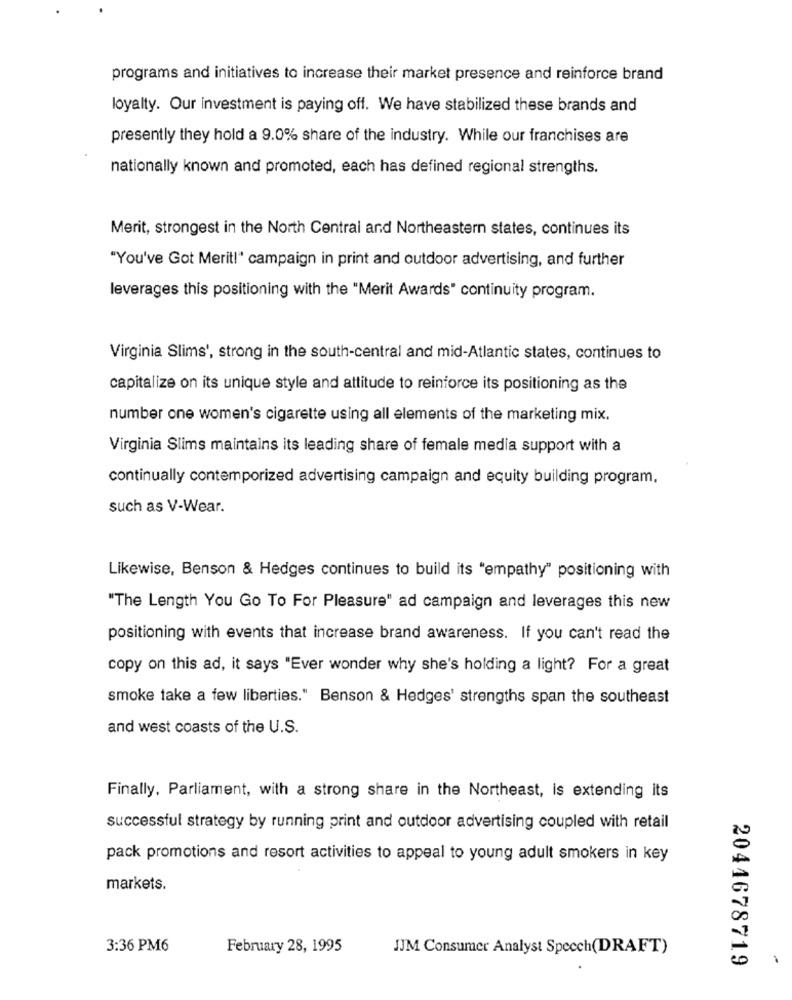
programs and initiatives to increase their market presence and reinforce brand
loyalty. Our investment is paying off. We have stabilized these brands and
presently they hold a 9.0% share of the industry. While our franchises are
nationally known and promoted, each has defined regional strengths.
Merit, strongest in the North Central and Northeastern states, continues its
"You've Got Merit!" campaign in print and outdoor advertising, and further
leverages this positioning with the "Merit Awards" continuity program.
Virginia Slims', strong in the south-central and mid-Atlantic states, continues to
capitalize on its unique style and attitude to reinforce its positioning as the
number one women's cigarette using all elements of the marketing mix.
Virginia Slims maintains its leading share of female media support with a
continually contemporized advertising campaign and equity building program.
such as V-Wear.
Likewise, Benson & Hedges continues to build its "empathy" positioning with
"The Length You Go To For Pleasure" ad campaign and leverages this new
positioning with events that increase brand awareness. If you can't read the
copy on this ad, it says "Ever wonder why she's holding a light? For a great
smoke take a few liberties." Benson & Hedges' strengths span the southeast
and west coasts of the U.S.
Finally, Parliament, with a strong share in the Northeast, is extending its
successful strategy by running print and outdoor advertising coupled with retail
pack promotions and resort activities to appeal to young adult smokers in key
markets.
3:36 PM6
February 28, 1995
JJM Consumer Analyst Specch(DRAFT)
2044678719